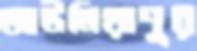
আউলিয়াপুর